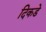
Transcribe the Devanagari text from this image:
दिकडे